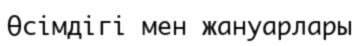
Өсімдігі мен жануарлары